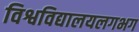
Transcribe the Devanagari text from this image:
विश्वविद्यालयलगभग